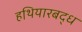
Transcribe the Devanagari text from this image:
हथियारबद्ध